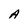
Character: A